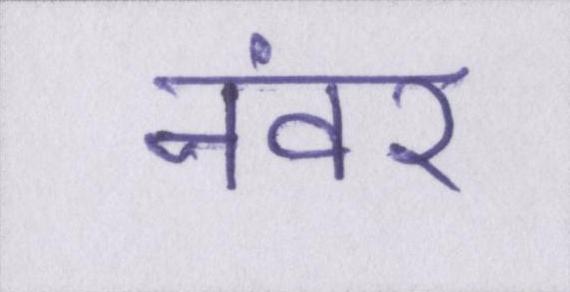
नंवर